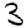
Digit: 3